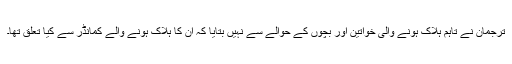
ترجمان نے تاہم ہلاک ہونے والی خواتین اور بچوں کے حوالے سے نہیں بتایا کہ اُن کا ہلاک ہونے والے کمانڈر سے کیا تعلق تھا۔